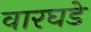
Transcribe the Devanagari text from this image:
वारघडे